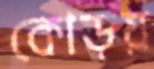
কোড়য়